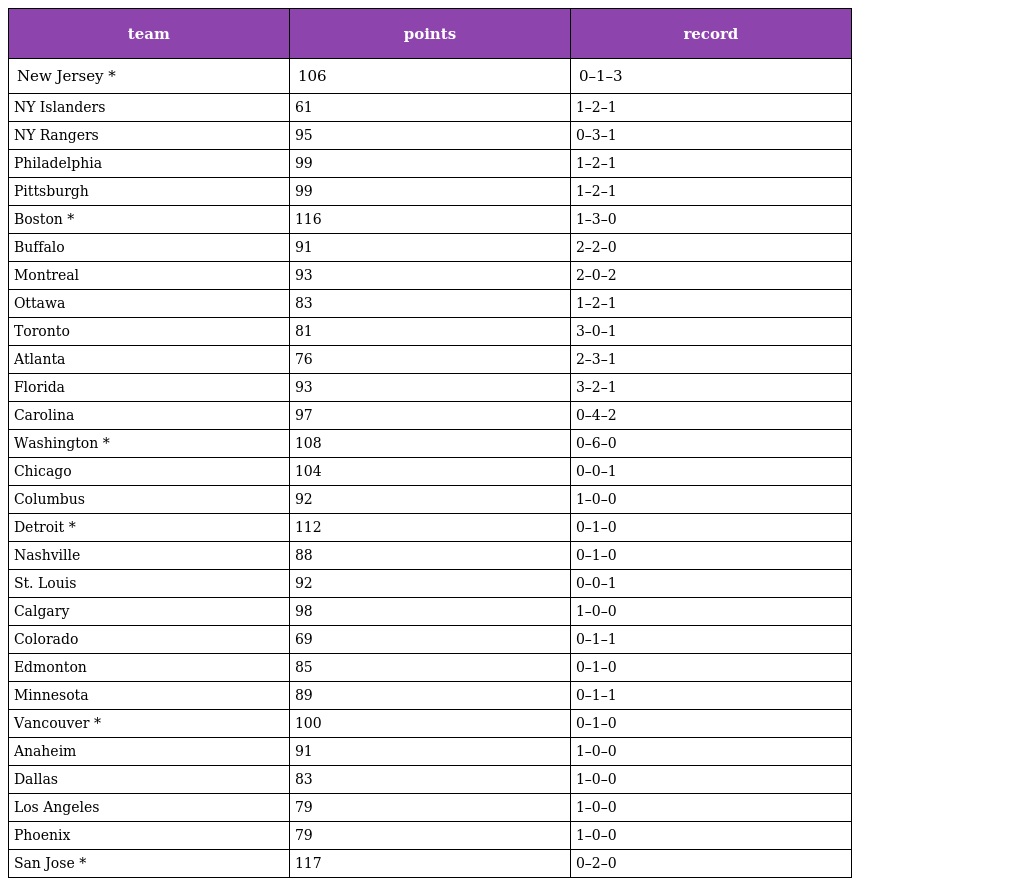
| team | points | record |
 | --- | --- | --- |
 | New Jersey * | 106 | 0–1–3 |
 | NY Islanders | 61 | 1–2–1 |
 | NY Rangers | 95 | 0–3–1 |
 | Philadelphia | 99 | 1–2–1 |
 | Pittsburgh | 99 | 1–2–1 |
 | Boston * | 116 | 1–3–0 |
 | Buffalo | 91 | 2–2–0 |
 | Montreal | 93 | 2–0–2 |
 | Ottawa | 83 | 1–2–1 |
 | Toronto | 81 | 3–0–1 |
 | Atlanta | 76 | 2–3–1 |
 | Florida | 93 | 3–2–1 |
 | Carolina | 97 | 0–4–2 |
 | Washington * | 108 | 0–6–0 |
 | Chicago | 104 | 0–0–1 |
 | Columbus | 92 | 1–0–0 |
 | Detroit * | 112 | 0–1–0 |
 | Nashville | 88 | 0–1–0 |
 | St. Louis | 92 | 0–0–1 |
 | Calgary | 98 | 1–0–0 |
 | Colorado | 69 | 0–1–1 |
 | Edmonton | 85 | 0–1–0 |
 | Minnesota | 89 | 0–1–1 |
 | Vancouver * | 100 | 0–1–0 |
 | Anaheim | 91 | 1–0–0 |
 | Dallas | 83 | 1–0–0 |
 | Los Angeles | 79 | 1–0–0 |
 | Phoenix | 79 | 1–0–0 |
 | San Jose * | 117 | 0–2–0 |